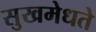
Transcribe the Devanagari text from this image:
सुखमेधते